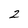
Character: 2